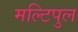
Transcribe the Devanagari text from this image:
मल्टिपुल